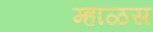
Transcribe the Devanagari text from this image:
म्हाळस